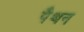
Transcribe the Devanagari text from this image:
पैथन